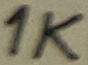
Text: 1K